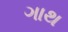
ગાથ